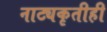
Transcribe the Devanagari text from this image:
नाट्यकृतीही